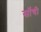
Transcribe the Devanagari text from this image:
सॉंची